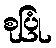
စုပြုံ